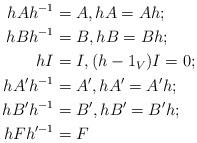
LaTeX: \begin{align*}hAh^{-1} & = A, hA = Ah;\\hBh^{-1} & = B, hB = Bh;\\hI & = I, (h-1_{V}) I = 0;\\hA'h^{-1} & = A', hA' = A'h;\\hB'h^{-1} & = B',hB' = B'h;\\hFh'^{-1} & = F \end{align*}